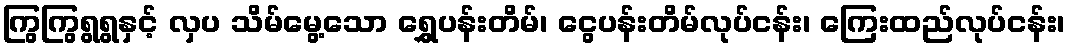
ကြွကြွရွရွနှင့် လှပ သိမ်မွေ့သော ရွှေပန်းတိမ်၊ ငွေပန်းတိမ်လုပ်ငန်း၊ ကြေးထည်လုပ်ငန်း၊